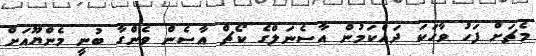
މެޗަށް ފަހު ވާހަކަ ދައްކަމުން އާސެނަލްގެ ކޯޗް އާސެން ވެންގާ ބުނީ މެންޔޫއަށް